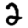
Digit: 2